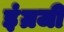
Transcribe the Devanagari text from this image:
इंंग्रजी